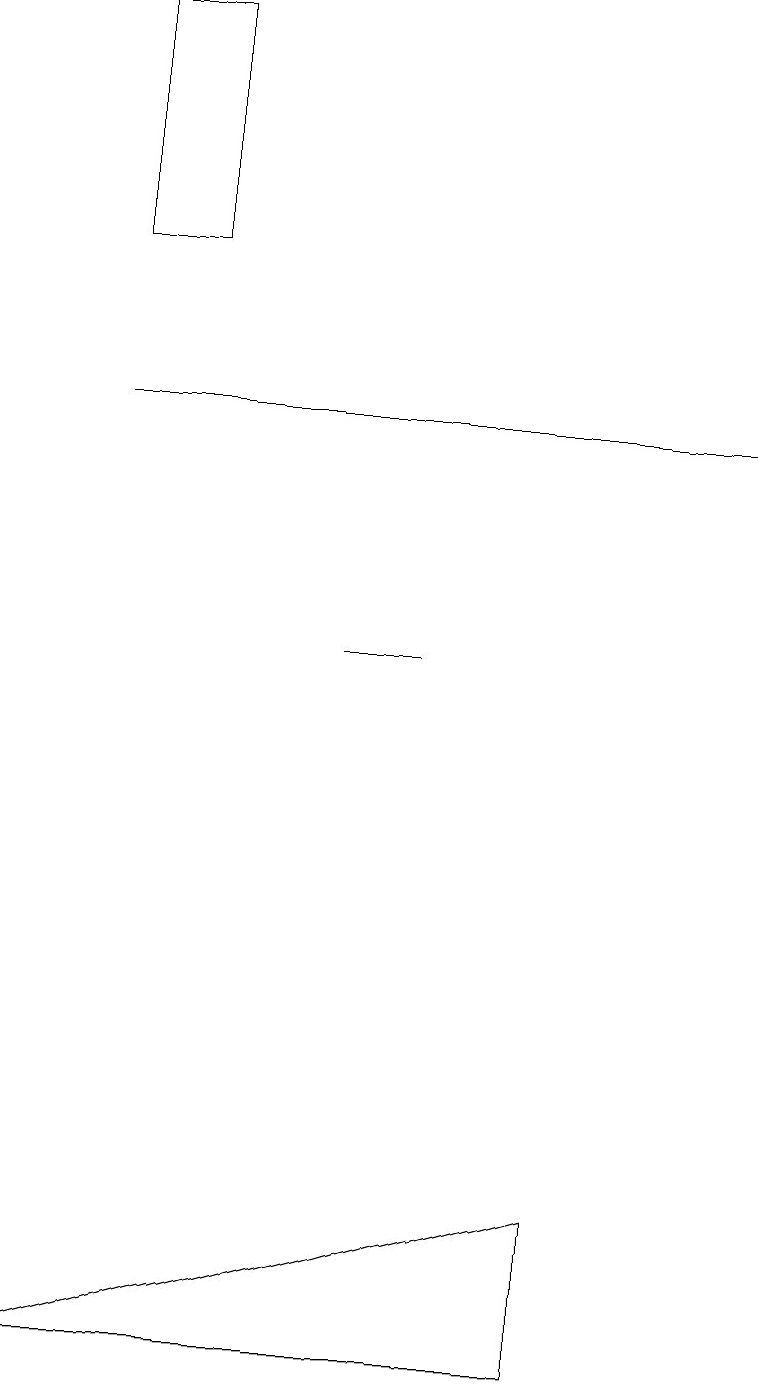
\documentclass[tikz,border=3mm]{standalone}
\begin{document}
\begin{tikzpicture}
\draw (1,16) rectangle (2,19);
\draw (5,11) rectangle (4,11);
\draw (1,14) rectangle (9,14);
\draw (7,2) -- (7,4) -- (0,2) -- cycle;
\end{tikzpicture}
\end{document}